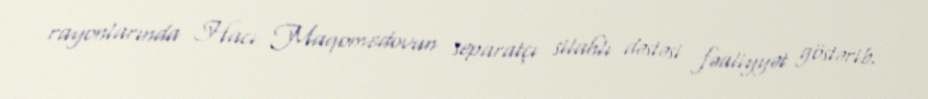
rayonlarında Hacı Maqomedovun separatçı silahlı dəstəsi fəaliyyət göstərib.